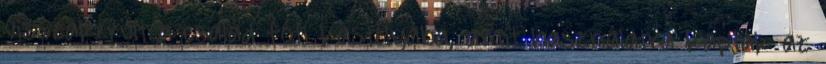
visszakerült a család fóti kastélyába, amit használatra kaptak az